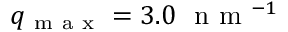
q _ { \mathrm { ~ m ~ a ~ x ~ } } = 3 . 0 \ \mathrm { ~ n ~ m ~ } ^ { - 1 }